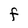
Character: F